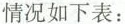
情况如下表：